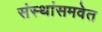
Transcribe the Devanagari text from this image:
संस्थांसमवेत